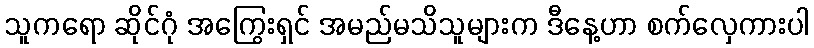
သူကရော ဆိုင်ဂုံ အကြွေးရှင် အမည်မသိသူများက ဒီနေ့ဟာ စက်လှေကားပါ